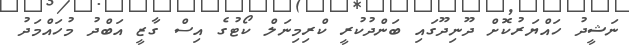
ނަޝީދު ހައްޔަރުކޮށް ދޫނިދޫގައި ބަންދުކުރީ ކްރިމިނަލް ކޯޓުގެ އިސް ގާޒީ އަބްދު މުހައްމަދު